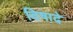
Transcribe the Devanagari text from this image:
विषादे